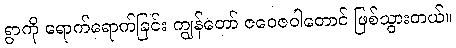
ရွာကို ရောက်ရောက်ခြင်း ကျွန်တော် ဇဝေဇဝါတောင် ဖြစ်သွားတယ်။